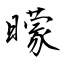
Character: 曚